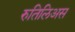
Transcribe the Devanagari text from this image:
रुतिलिअस